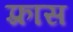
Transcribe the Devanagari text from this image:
फ़्रास